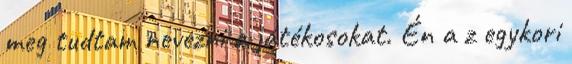
meg tudtam nevezni a játékosokat. Én a z egykori